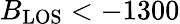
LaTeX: B_{\mathrm{LOS}}<-1300